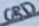
Text: GRD